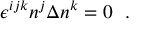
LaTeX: \epsilon ^ { i j k } n ^ { j } \Delta n ^ { k } = 0 \ \ .